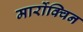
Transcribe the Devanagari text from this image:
मार्रोक्विन